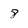
Character: 8